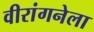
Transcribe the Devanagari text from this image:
वीरांगनेला